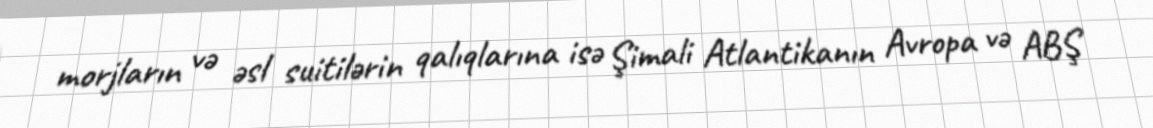
morjların və əsl suitilərin qalıqlarına isə Şimali Atlantikanın Avropa və ABŞ